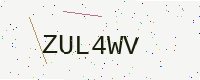
Text: ZUL4WV